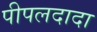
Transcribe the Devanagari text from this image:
पीपलदादा